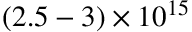
( 2 . 5 - 3 ) \times 1 0 ^ { 1 5 }